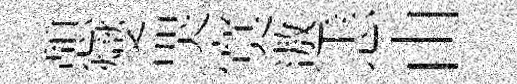
憩燮哭寞遨恚由